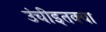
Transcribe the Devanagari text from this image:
उंचीइतक्या